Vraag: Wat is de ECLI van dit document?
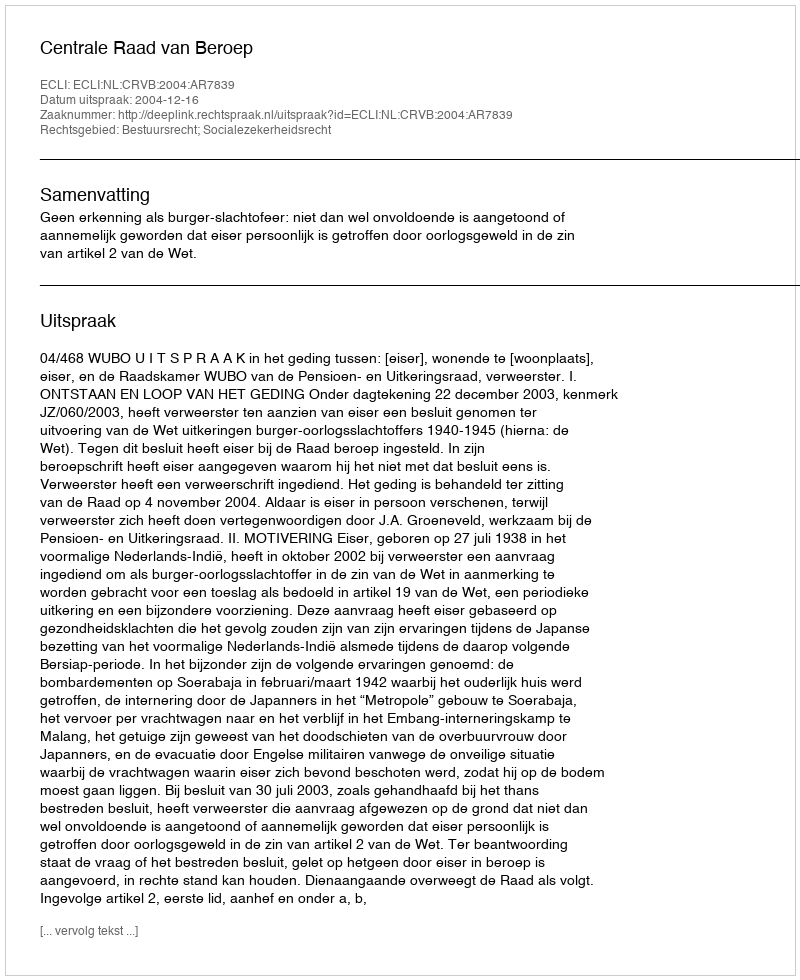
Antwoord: ECLI:NL:CRVB:2004:AR7839